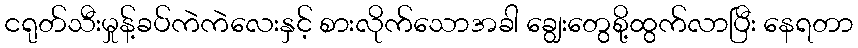
ငရုတ်သီးမှုန့်ခပ်ကဲကဲလေးနှင့် စားလိုက်သောအခါ ချွေးတွေစို့ထွက်လာပြီး နေရတာ